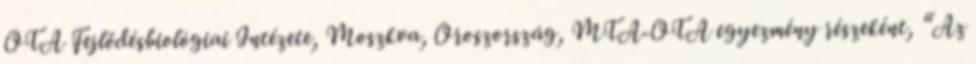
OTA Fejlődésbiológiai Intézete, Moszkva, Oroszország, MTA-OTA egyezmény részeként, “Az